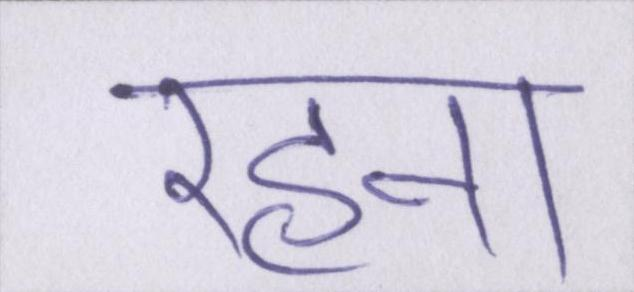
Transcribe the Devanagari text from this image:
रहना